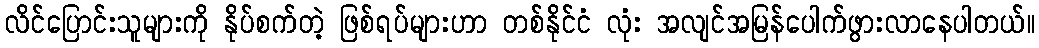
လိင်ပြောင်းသူများကို နိုပ်စက်တဲ့ ဖြစ်ရပ်များဟာ တစ်နိုင်ငံ လုံး အလျင်အမြန်ပေါက်ဖွားလာနေပါတယ်။